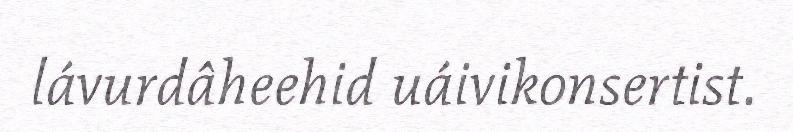
lávurdâheehid uáivikonsertist.